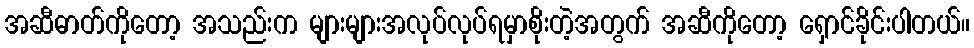
အဆီဓာတ်ကိုတော့ အသည်းက များများအလုပ်လုပ်ရမှာစိုးတဲ့အတွက် အဆီကိုတော့ ရှောင်ခိုင်းပါတယ်။